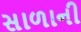
સાળાની